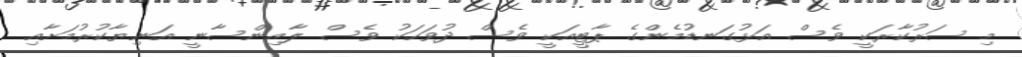
މި ސަރުކާރަކީ ވެސް އަޅުގަނޑުމެންގެ ޕާޓީއަކީ ވެސް ދުވަހަކު ވެސް ލާއިންސާނީ އަނިޔާކުރުމަށާއި